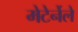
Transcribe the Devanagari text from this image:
मेटेर्नेले